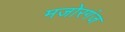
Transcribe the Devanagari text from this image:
मजोरगंज